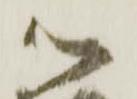
御